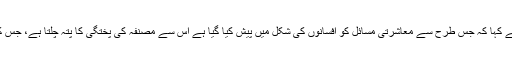
کتاب پر تبصرہ کرتے ہوئے کشورناہید نے کہا کہ جس طرح سے معاشرتی مسائل کو افسانوں کی شکل میں پیش کیا گیا ہے اس سے مصنفہ کی پختگی کا پتہ چلتا ہے، جس کی ہمارے نوجوان اسکالرز میں کمی ہے ۔